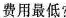
费用最低?